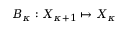
{ B _ { \kappa } } : X _ { \kappa + 1 } \mapsto X _ { \kappa }